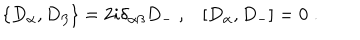
LaTeX: \{ D _ { \alpha } , D _ { \beta } \} = 2 i \delta _ { \alpha \beta } D _ { - } \; , [ D _ { \alpha } , D _ { - } ] = 0 \; .